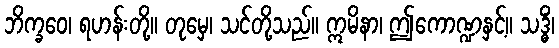
ဘိက္ခဝေ၊ ရဟန်းတို့။ တုမှေ၊ သင်တို့သည်။ ဣမိနာ၊ ဤကောဏ္ဍနှင့်။ သဒ္ဓိံ၊